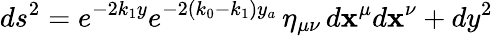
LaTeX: ds^{2}=e^{-2k_{1}y}e^{-2(k_{0}-k_{1})y_{a}}\, \eta_{\mu\nu}\, d\mathbf{x}^{\mu}d\mathbf{x}^{\nu}+dy^{2}